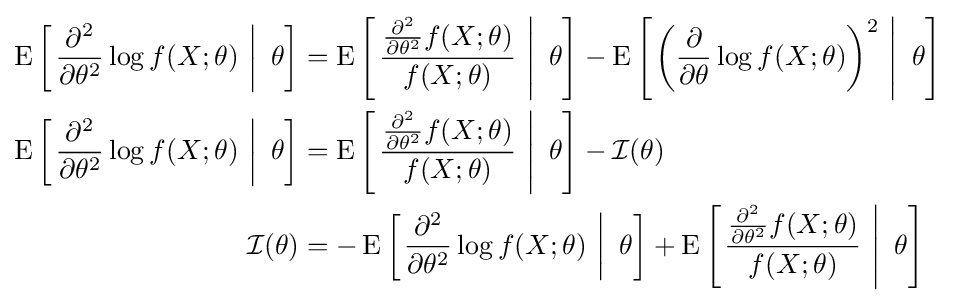
{\begin{aligned}\operatorname {E} \left[\left.{\frac {\partial ^{2}}{\partial \theta ^{2}}}\log f(X;\theta )\,\,\right|\,\,\theta \right]&=\operatorname {E} \left[\left.{\frac {{\frac {\partial ^{2}}{\partial \theta ^{2}}}f(X;\theta )}{f(X;\theta )}}\,\,\right|\,\,\theta \right]-\operatorname {E} \left[\left.\left({\frac {\partial }{\partial \theta }}\log f(X;\theta )\right)^{2}\,\,\right|\,\,\theta \right]\\\operatorname {E} \left[\left.{\frac {\partial ^{2}}{\partial \theta ^{2}}}\log f(X;\theta )\,\,\right|\,\,\theta \right]&=\operatorname {E} \left[\left.{\frac {{\frac {\partial ^{2}}{\partial \theta ^{2}}}f(X;\theta )}{f(X;\theta )}}\,\,\right|\,\,\theta \right]-{\mathcal {I}}(\theta )\\{\mathcal {I}}(\theta )&=-\operatorname {E} \left[\left.{\frac {\partial ^{2}}{\partial \theta ^{2}}}\log f(X;\theta )\,\,\right|\,\,\theta \right]+\operatorname {E} \left[\left.{\frac {{\frac {\partial ^{2}}{\partial \theta ^{2}}}f(X;\theta )}{f(X;\theta )}}\,\,\right|\,\,\theta \right]\end{aligned}}